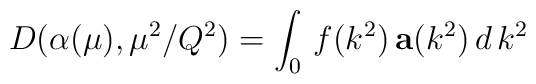
D(\alpha(\mu),\mu^{2}/Q^{2}) = \int_{0}\, f( k^{2} )\,\mathbf{a} (k^{2})\, d\, k^{2}